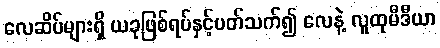
လေဆိပ်များရှိ ယခုဖြစ်ရပ်နှင့်ပတ်သက်၍ လေနဲ့ လူထုမီဒီယာ